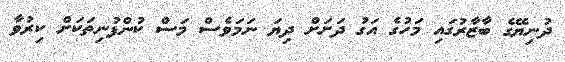
ދުނިޔޭގެ ބާޒާރުގައި މަހުގެ އަގު ދަށަށް ދިޔަ ނަމަވެސް މަސް ކުންފުނިތަކަށް ކިރުވާ